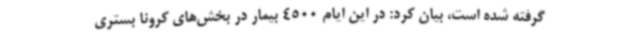
گرفته شده است، بیان کرد: در این ایام 4500 بیمار در بخش‌های کرونا بستری